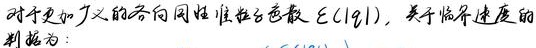
对于更加广义的各向同性准粒子色散 $\mathcal{E}(|\mathbf{q}|)$，关于临界速度的判据为：